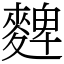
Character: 䴽